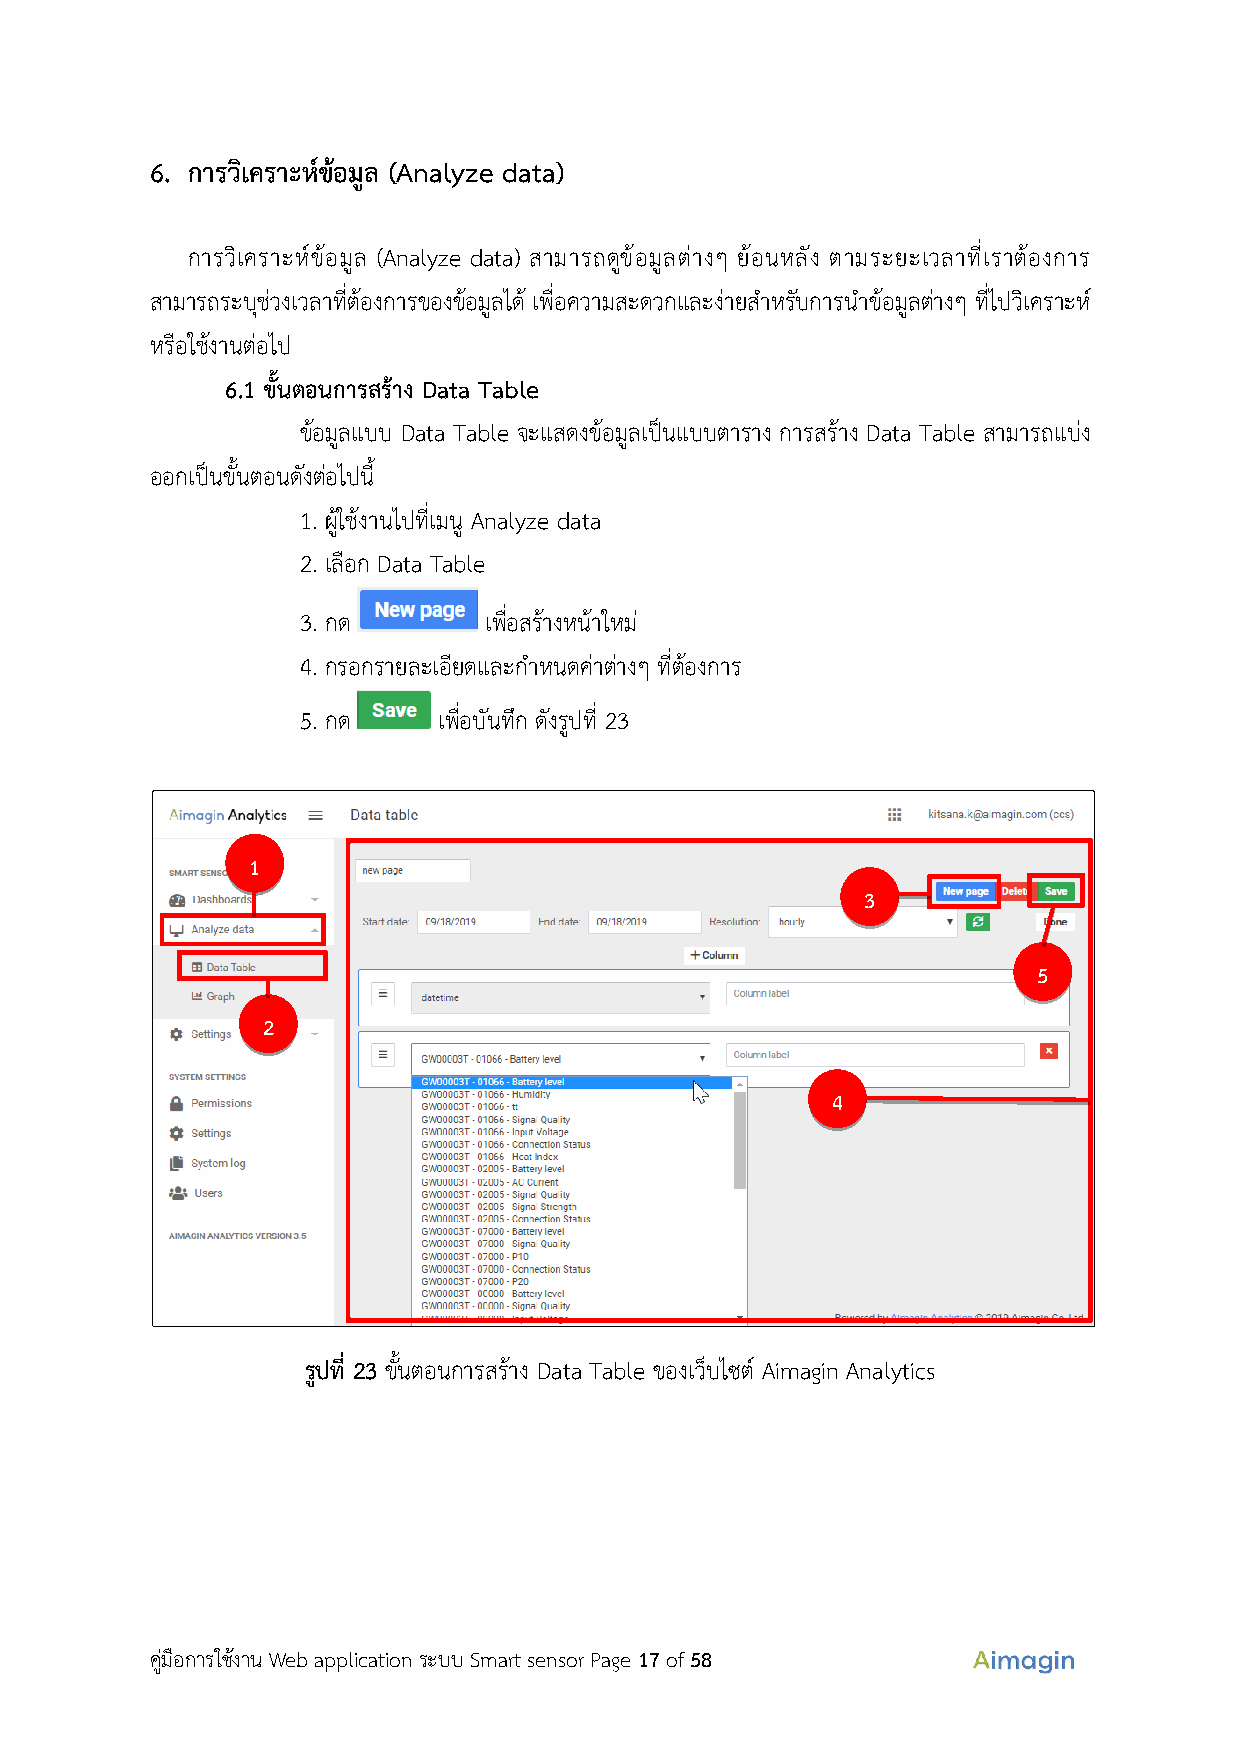
6. การวิเคราะห์ข้อมูล (Analyze data)
 การวิเคราะห์ข้อมูล (Analyze data) สามารถดูข้อมูลต่างๆ ย้อนหลัง ตามระยะเวลาที่เราต้องการ
 สามารถระบุช่วงเวลาที่ต้องการของข้อมูลได้ เพื่อความสะดวกและง่ายสำหรับการนำข้อมูลต่างๆ ที่ไปวิเคราะห์
 หรือใช้งานต่อไป
 6.1 ขั้นตอนการสร้าง Data Table
 ข้อมูลแบบ Data Table จะแสดงข้อมูลเป็นแบบตาราง การสร้าง Data Table สามารถแบ่ง
 ออกเป็นขั้นตอนดังต่อไปนี้
 1. ผู้ใช้งานไปที่เมนู Analyze data
 2. เลือก Data Table
 3. กด       เพื่อสร้างหน้าใหม่
 4. กรอกรายละเอียดและกำหนดค่าต่างๆ ที่ต้องการ
 5. กด    เพื่อบันทึก ดังรูปที่ 23
 1
 3
 5
 2
 4
 รูปที่ 23 ขั้นตอนการสร้าง Data Table ของเว็บไซต์ Aimagin Analytics
 คู่มือการใช้งาน Web application ระบบ Smart sensor Page 17 of 58